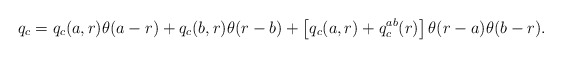
\begin{align*}q_c=q_c(a,r)\theta (a-r)+q_c(b,r)\theta (r-b)+\left[ q_c(a,r)+q_c^{ab}(r)\right] \theta (r-a)\theta (b-r).\end{align*}